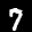
Label: 7